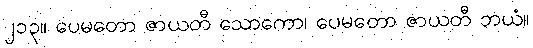
၂၁၃။ ပေမတော ဇာယတီ သောကော၊ ပေမတော ဇာယတီ ဘယံ။